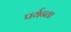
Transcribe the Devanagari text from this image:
पर्यन्ता